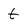
Character: t